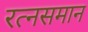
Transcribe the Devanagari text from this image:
रत्नसमान